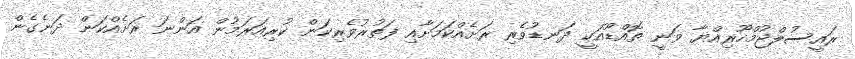
ރައީސުލްޖުމްހޫރިއްޔާ ވަނީ ތޮއްޑޫއަކީ ދަނޑުވެރި ރަށެއްކަމަށާއި ފަތުރުވެރިކަން ކުރިއަރަމުން އަންނަ ރަށެއްކަން ދަނެގެން